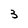
Character: 3